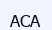
АСА